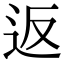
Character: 返